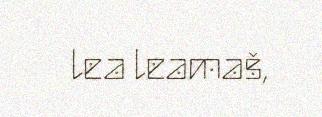
lea leamaš,